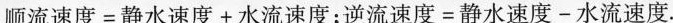
$$顺 流 速 度 = 静 水 速 度 + 水 流 速 度$$；$$逆 流 速 度 = 静 水 速 度 - 水 流 速 度$$.